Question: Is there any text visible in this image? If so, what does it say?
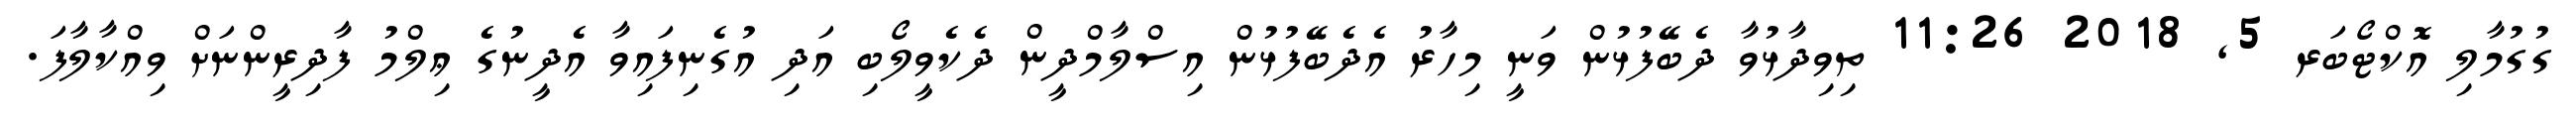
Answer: ގުގުމާލި އޮކްޓޯބަރ 5, 2018 11:26 ތިވިދާޅުވާ ދެބޭފުޅުން ވަނީ މިހާރު އެދެބޭފުޅުން އިސްލާމްދީން ދެކެވީލޯބި އަދި އުގެނިފައިވާ އެދީނުގެ ޢިލްމު ފާދިރީންނަށް ވިއްކާލާފަ.